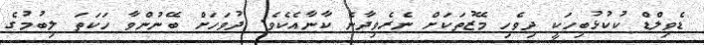
ޑެވިލްޑް ކުކުޅުބިހަކީ ދިވެހި މޭޒުތަކަށް ނެރެވިދާނެ ކާނާއެކެވެ. ދުވަހަށް ބޭނުންވާ ހަކަތަ ލިބުމުގެ